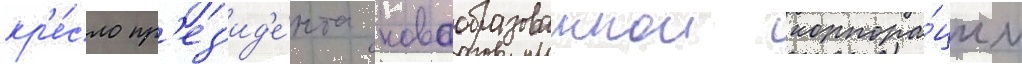
кр'е́сло пр'ез'ид'е́нта новообразованнои корпора́ции